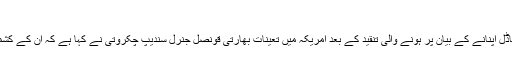
جموں و کشمیر (فائل فوٹو)
بھارت کے زیر انتظام کشمیر میں سیکیورٹی کے لیے اسرائیلی ماڈل اپنانے کے بیان پر ہونے والی تنقید کے بعد امریکہ میں تعینات بھارتی قونصل جنرل سندیپ چکروتی نے کہا ہے کہ ان کے کشمیر سے متعلق تبصرے کو سیاق و سباق سے ہٹ کر پیش کیا گیا۔